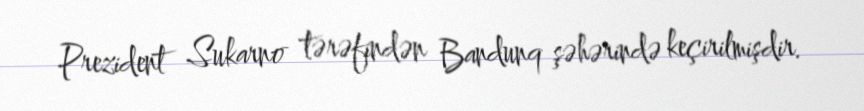
Prezident Sukarno tərəfindən Bandunq şəhərində keçirilmişdir.